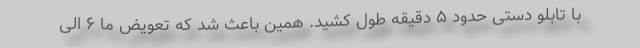
با تابلو دستی حدود ۵ دقیقه طول کشید. همین باعث شد که تعویض ما ۶ الی